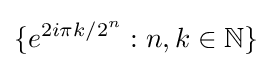
\{e^{2i\pi k/2^{n}}:n,k\in \mathbb {N} \}